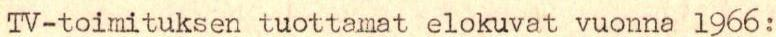
TV-toimituksen tuottamat elokuvat vuonna l966: